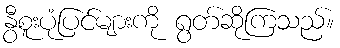
နွီစူးပုံပြင်များကို ရွတ်ဆိုကြသည်။